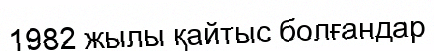
1982 жылы қайтыс болғандар